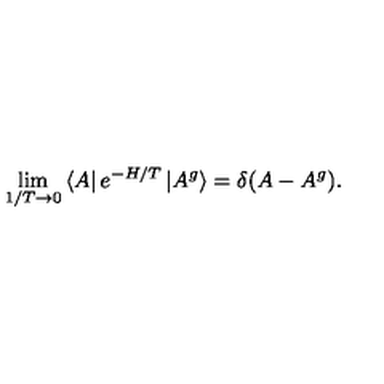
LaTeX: \lim _ { 1 / T \rightarrow 0 } \left< A \right| e ^ { - H / T } \left| A ^ { g } \right> = \delta ( A - A ^ { g } ) .